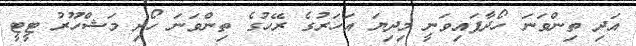
އަދި ތިންވަނަ ހޯދާފައިވަނީ މިދިޔަ އަހަރުގެ ރޭހުގެ ތިންވަނަ ހޯދި މަޝްހޫރު ޓީޓީ